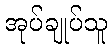
အုပ်ချုပ်သူ